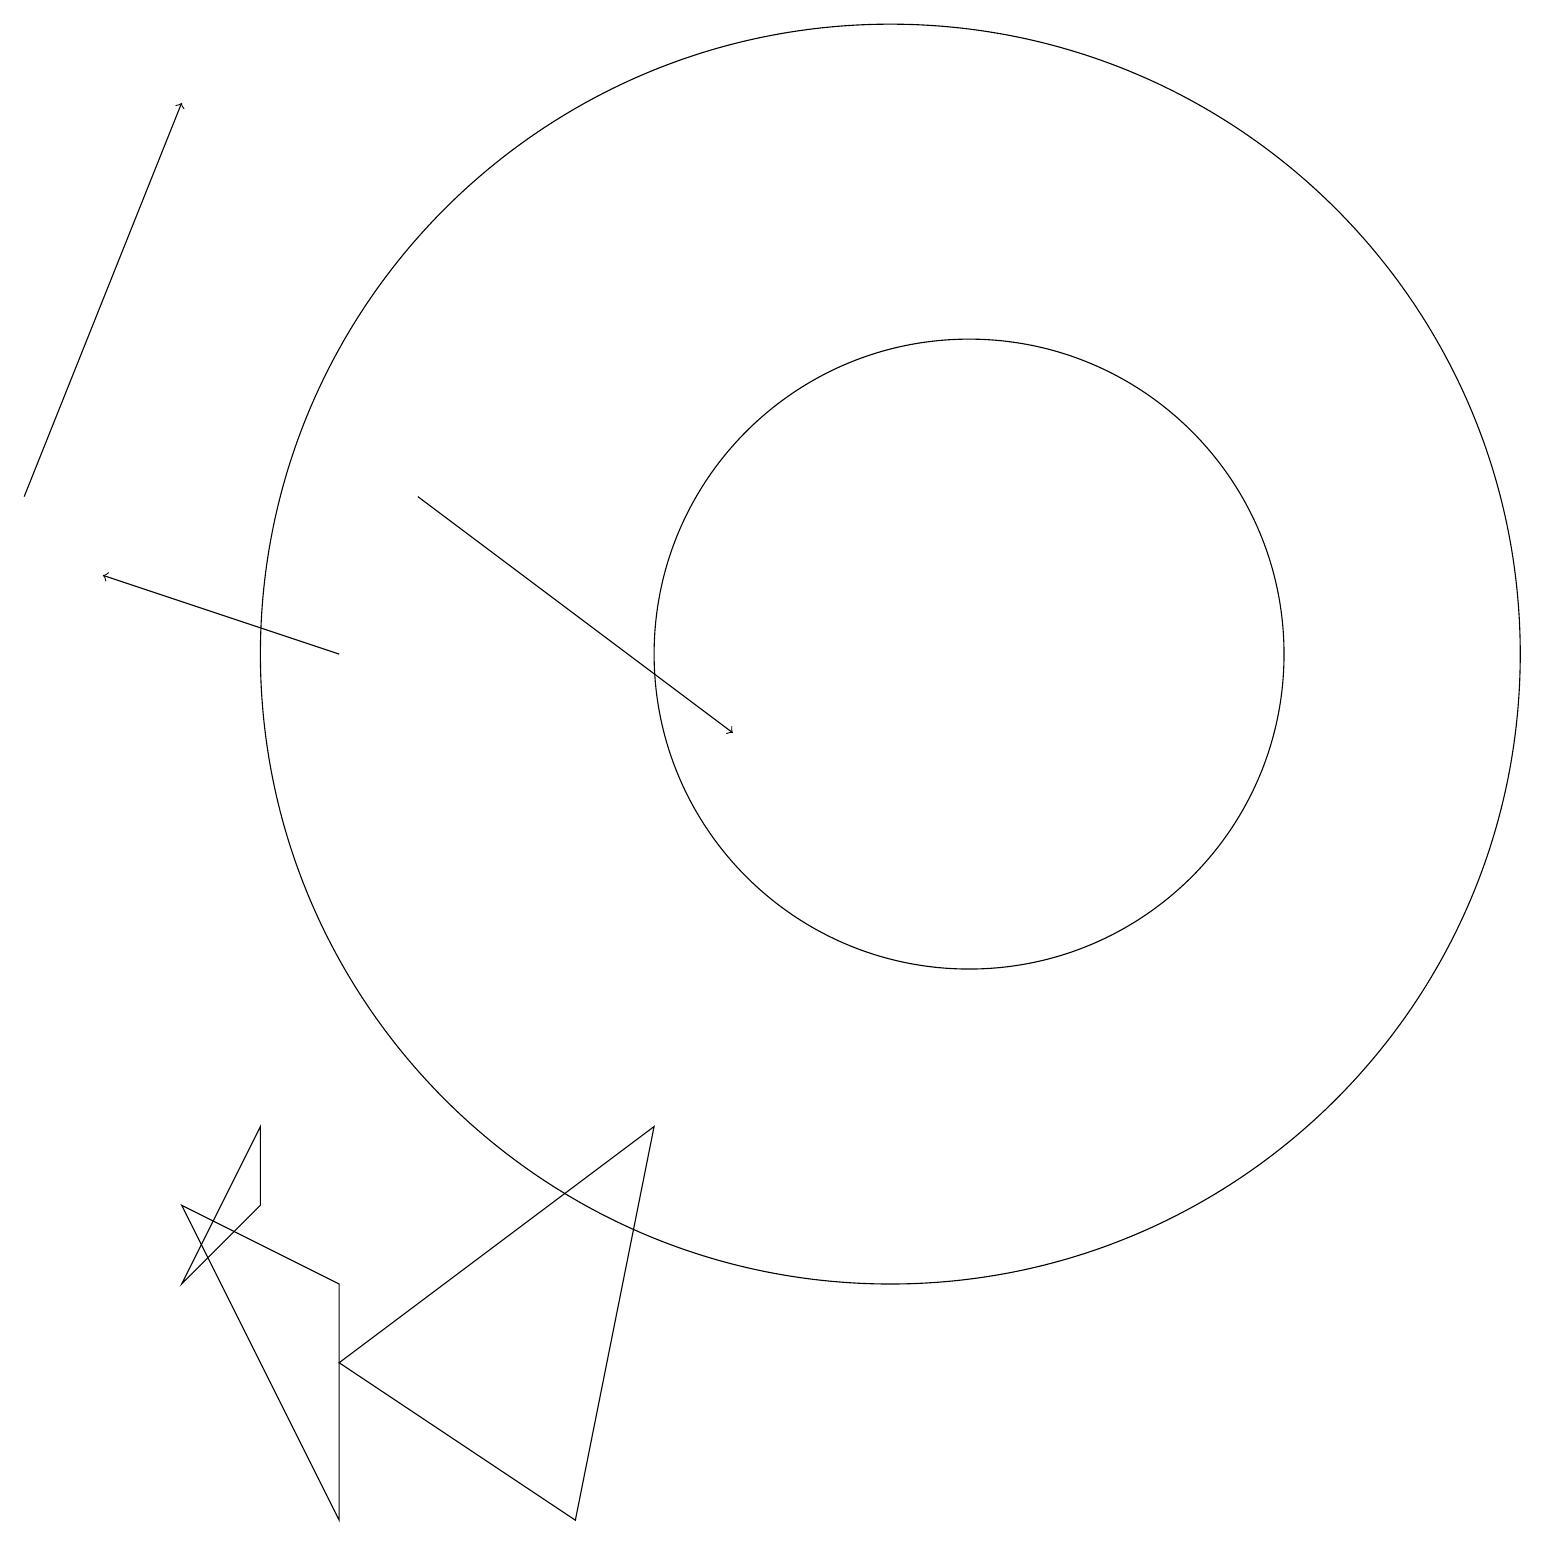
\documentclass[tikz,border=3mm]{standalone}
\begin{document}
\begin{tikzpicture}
\draw (12,11) circle (4);
\draw[->] (4,11) -- (1,12);
\draw[->] (0,13) -- (2,18);
\draw[->] (5,13) -- (9,10);
\draw (4,2) -- (8,5) -- (7,0) -- cycle;
\draw (2,4) -- (4,0) -- (4,3) -- cycle;
\draw (11,11) circle (8);
\draw (3,4) -- (2,3) -- (3,5) -- cycle;
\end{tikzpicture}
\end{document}